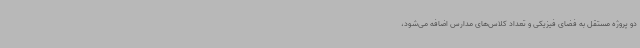
دو پروژه مستقل به فضای فیزیکی و تعداد کلاس‌های مدارس اضافه می‌شود،